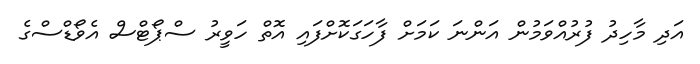
އަދި މާހިދު ފުރުއްވަމުން އަންނަ ކަމަށް ފާހަގަކޮށްފައި އޮތް ހަވީރު ސްޕޯޓްސް އެވޯޑްސްގެ